Civil Veterinary Department Bihar reports 1936-40 - 1936-1940
Year: 1936
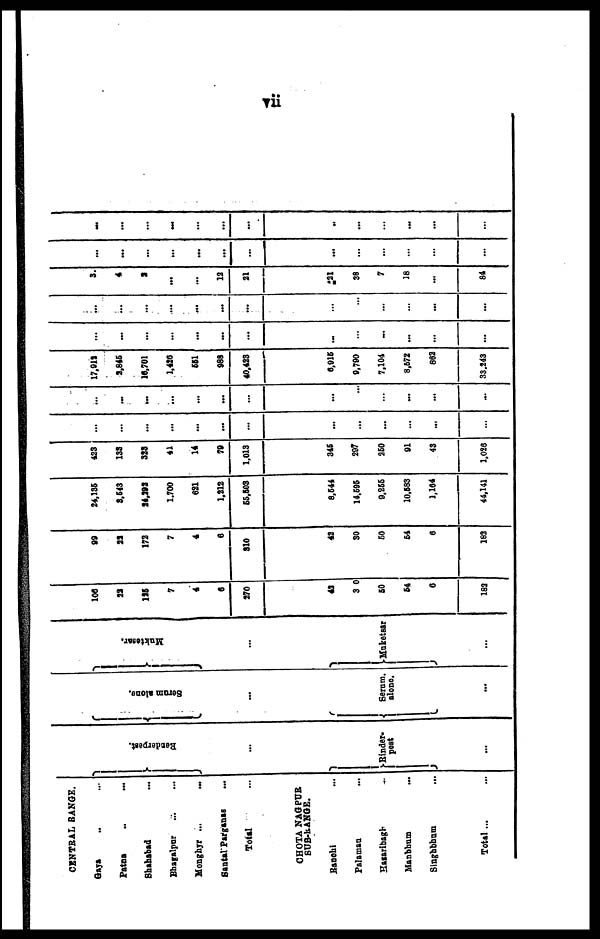
CENTRAL RANGE.
Gaya .. ...
Patna
..
...
Shahabad
...
Bhagalpur ... ...
Monghyr ...
...
Santal Parganas ...
Total ...
CHOTA NAGPUR
SUB-RANGE.
Ranchi ...
Palamau ...
Hazaribagh ...
Manbhum ...
Singhbhum ...
Total ...
Rinderpest.
...
Rinder-
pest
...
Serum alone.
...
Serum.
alone.
...
Muktesar.
...
Muketsar
...
100
22
125
7
4
6
370
42
3 0
50
54
6
182
99
22
173
7
4
6
810
42
30
50
54
6
182
34,135
8,543
24,292
1.700
621
1,212
55,503
8,544
14.606
9,855
10,583
1,164
44,141
423
138
328
41
14
79
1,013
345
297
250
91
43
1,026
...
...
...
...
...
...
...
...
...
...
...
...
...
...
...
...
...
...
...
...
...
...
...
...
...
...
17,912
2,845
16,701
1,426
551
968
40,423
6,915
9,790
7,104
8,572
883
33.243
...
...
...
...
...
...
...
...
...
...
...
...
...
...
...
...
...
...
...
...
...
...
...
...
...
3.
4
2
...
...
12
21
21
38
7
18
...
84
...
...
...
...
...
...
...
...
...
...
...
...
...
...
...
...
...
...
...
...
...
...
...
...
...
...